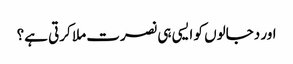
اور دجالوں کو ایسی ہی نصرت ملا کرتی ہے؟